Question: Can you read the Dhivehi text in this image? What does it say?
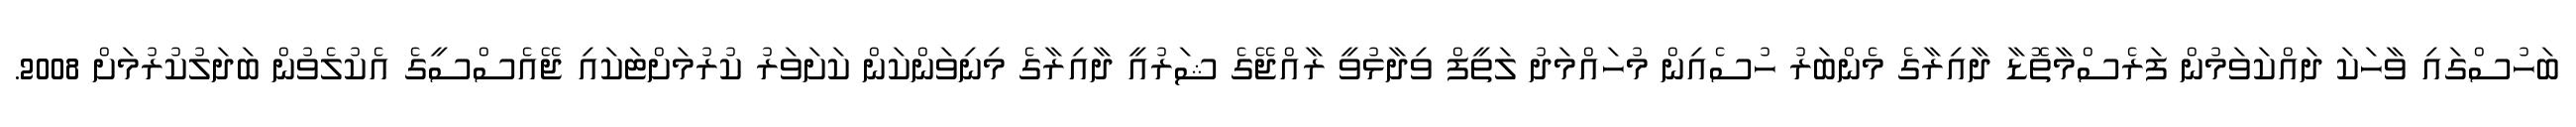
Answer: ބަހުސްގައި ވާހަކަ ދައްކަވަމުން ފަރެސްމާތޮޑާ ދާއިރާގެ މެންބަރު ހުސެއިން މުހައްމަދު ލަތީފް ވިދާޅުވީ ރާއްޖޭގެ ޝަރުއީ ދާއިރާގެ މިނިވަންކަން ކަށަވަރު ކުރުމަށްޓަކައި ޖޭއެސްސީގެ އެކުލެވުން ބަދަލުކުރުމަށް 2008.